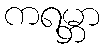
ကရမ္ဘာ